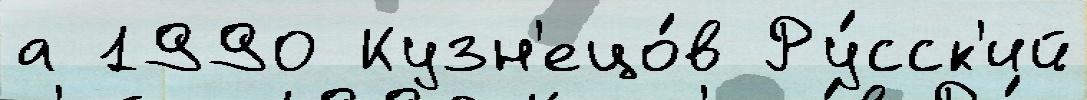
а 1990 Кузн'ецо́в Ру́сск'ий